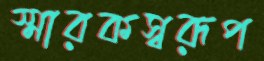
স্মারকস্বরূপ